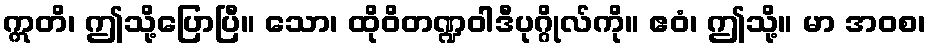
ဣတိ၊ ဤသို့ပြောပြီ။ သော၊ ထိုဝိတဏ္ဍဝါဒီပုဂ္ဂိုလ်ကို။ ဧဝံ၊ ဤသို့။ မာ အဝစ၊